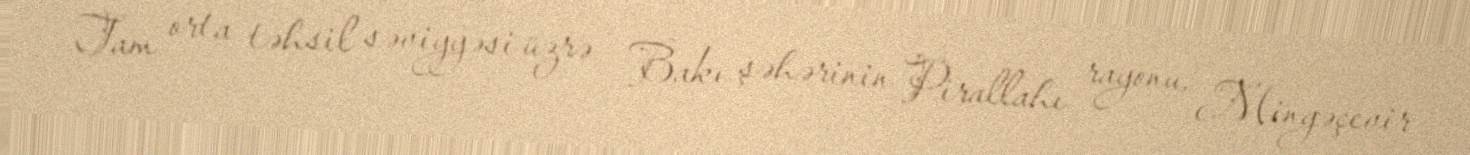
Tam orta təhsil səviyyəsi üzrə - Bakı şəhərinin Pirallahı rayonu, Mingəçevir